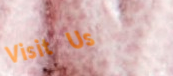
Visit Us